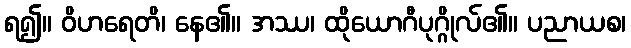
ရ၍။ ဝိဟရေတိ၊ နေ၏။ အဿ၊ ထိုယောဂီပုဂ္ဂိုလ်၏။ ပညာယစ၊